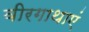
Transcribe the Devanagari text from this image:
वीरगाथाएं